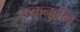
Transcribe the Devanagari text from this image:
रूकनुद्दीन